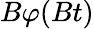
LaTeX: B\varphi(Bt)